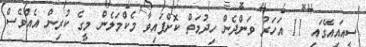
ސީއައިއޭގައި 11 އަހަރު ވަންދެން ހިދުމަތް ކޮށްފައިވާ މެކްމަލެން މީގެ ކުރިން އެއްވެސް